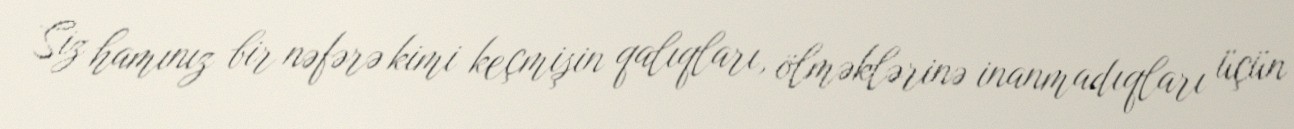
Siz hamınız bir nəfərə kimi keçmişin qalıqları, ölməklərinə inanmadıqları üçün